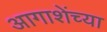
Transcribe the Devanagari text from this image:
आगाशेंच्या